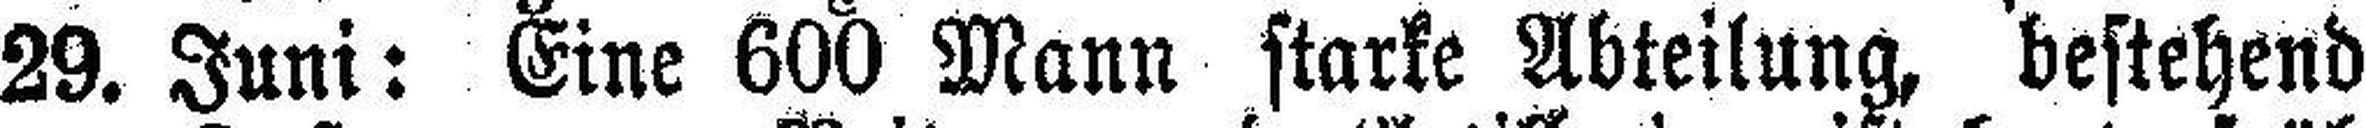
29. Juni: Eine 600 Mann starke Abteilung, bestehend